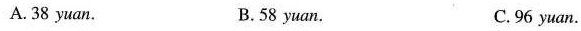
A.38 yuan. B.58 yuan. C.96 yuan.